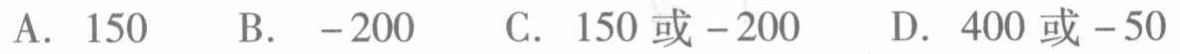
A. \(150\)  B. \(-200\)  C. \(150或 - 200\)  D. \(400或 - 50\)